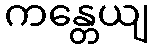
ကန္တေယျ